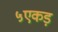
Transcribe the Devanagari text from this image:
५एकड़